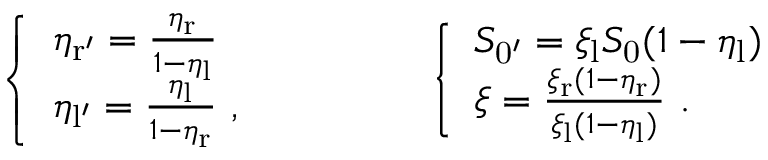
\left\{ \begin{array} { l l } { \eta _ { \mathrm { r ^ { \prime } } } = \frac { \eta _ { \mathrm { r } } } { 1 - \eta _ { \mathrm { l } } } } \\ { \eta _ { \mathrm { l ^ { \prime } } } = \frac { \eta _ { \mathrm { l } } } { 1 - \eta _ { \mathrm { r } } } \ , } \end{array} \right. \qquad \qquad \left\{ \begin{array} { l l } { S _ { \mathrm { 0 ^ { \prime } } } = \xi _ { \mathrm { l } } S _ { \mathrm { 0 } } ( 1 - \eta _ { \mathrm { l } } ) } \\ { \xi = \frac { \xi _ { \mathrm { r } } ( 1 - \eta _ { \mathrm { r } } ) } { \xi _ { \mathrm { l } } ( 1 - \eta _ { \mathrm { l } } ) } \ . } \end{array} \right.